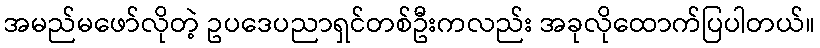
အမည်မဖော်လိုတဲ့ ဥပဒေပညာရှင်တစ်ဦးကလည်း အခုလိုထောက်ပြပါတယ်။